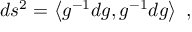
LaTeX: d s ^ { 2 } = \left< g ^ { - 1 } d g , g ^ { - 1 } d g \right> ~ ,